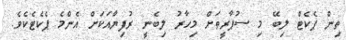
ތިން ޕެކެޓް ލިބޭ މި ސުޕާރީތަށް މިހާރު ލިބެނީ ރުފިޔާއަކަށް އެންމެ ޕެކެޓެކެވެ.